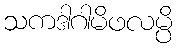
သကဒါဂါမိဖလမ္ပိ